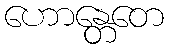
ဟောန္တေတေ